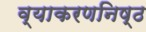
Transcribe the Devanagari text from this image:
व्याकरणनिष्ठ